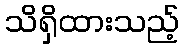
သိရှိထားသည့်